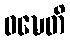
ဝဍ္ဎေတိ